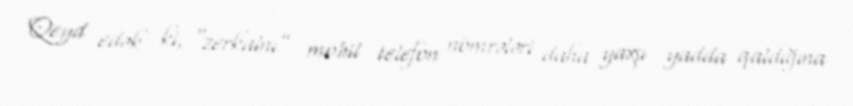
Qeyd edək ki, “zerkalnı” mobil telefon nömrələri daha yaxşı yadda qaldığına